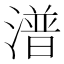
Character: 潽